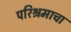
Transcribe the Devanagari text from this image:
परिश्रमाचा